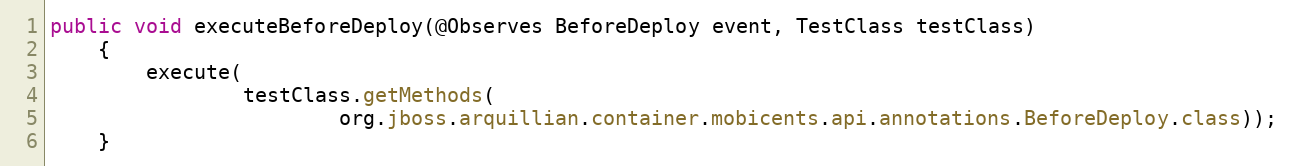
Language: Java
public void executeBeforeDeploy(@Observes BeforeDeploy event, TestClass testClass)
	{
		execute(
				testClass.getMethods(
						org.jboss.arquillian.container.mobicents.api.annotations.BeforeDeploy.class));
	}